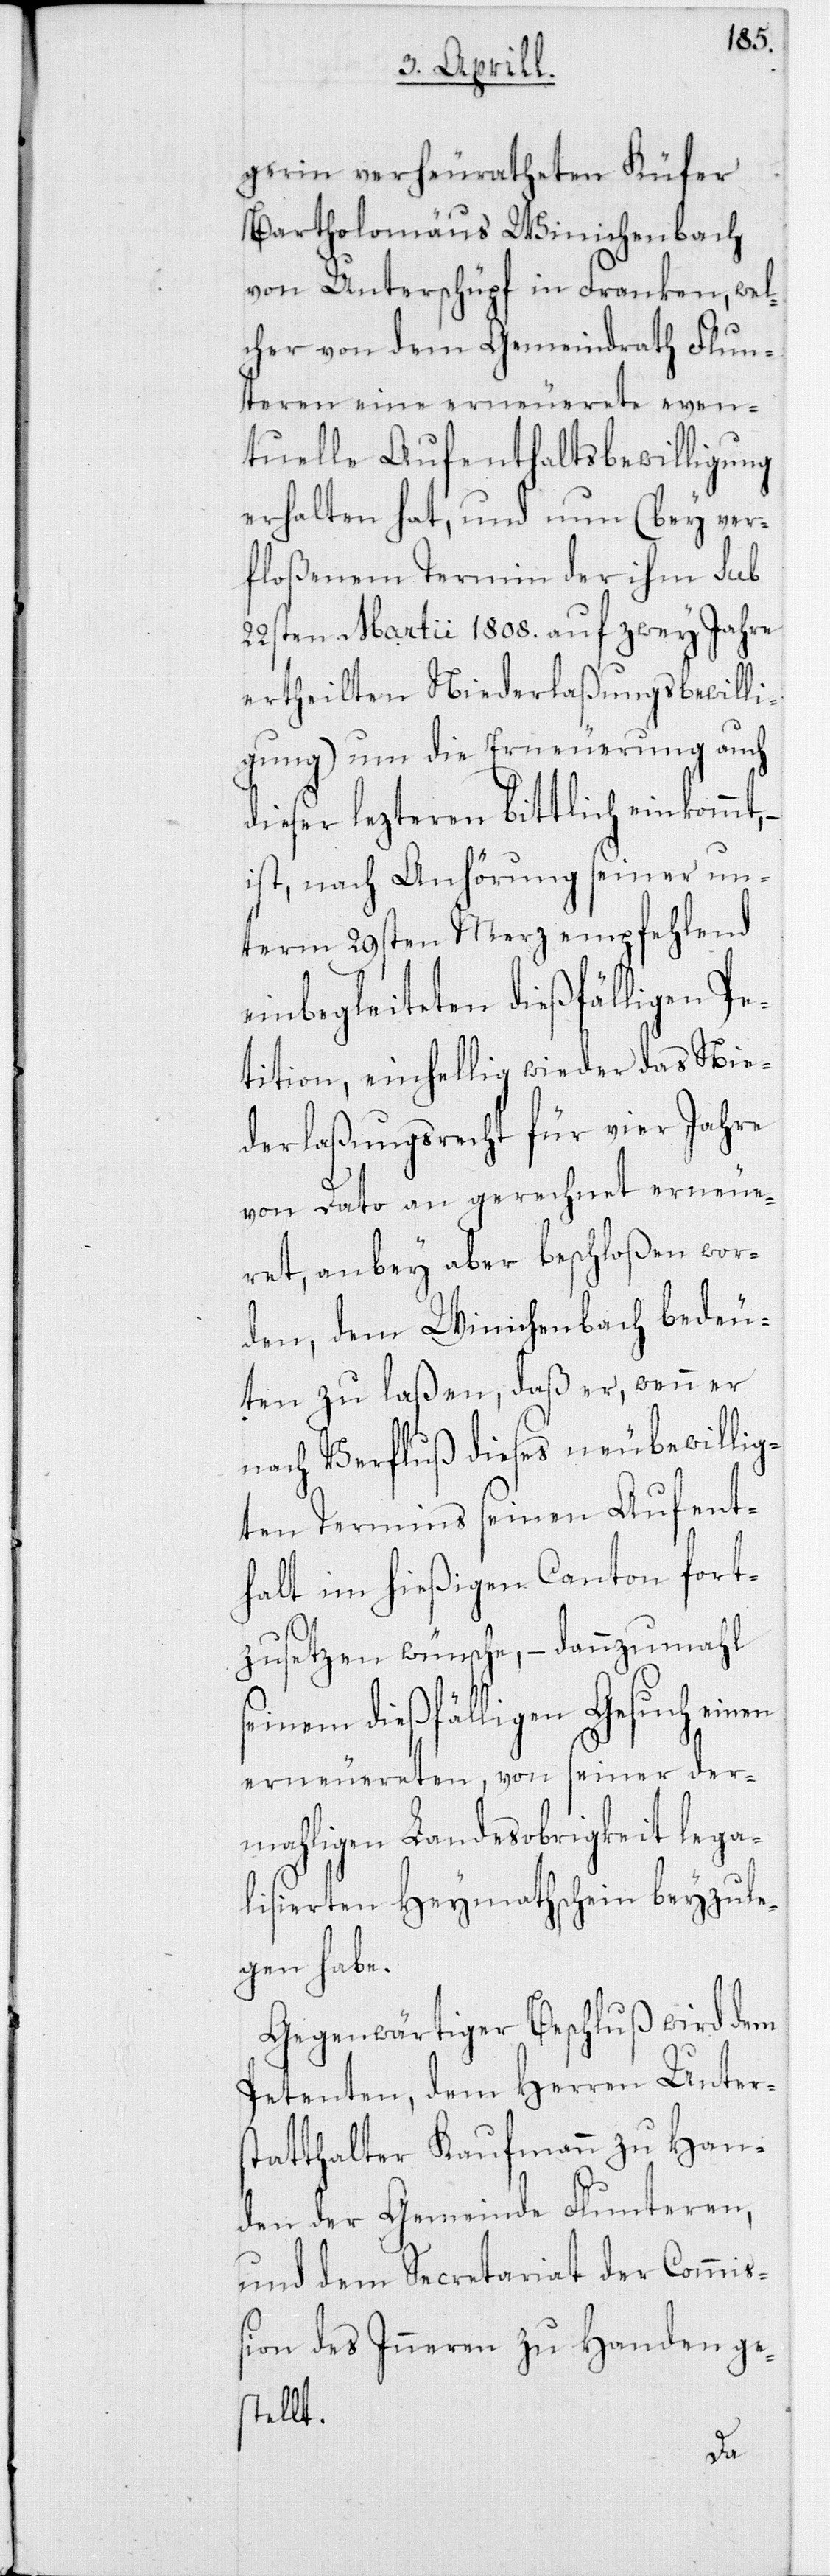
gerin verheuratheten Küfer
Bartholomäus Winichenbach
von Unterschüpf in Franken, wel¬
cher von dem Gemeindrath Flun¬
teren eine erneuerete even¬
tuelle Aufenthaltsbewilligung
erhalten hat, und nun (bey ver¬
floßenem Termin der ihm sub
22sten Martii 1808. auf zwey Jahre
ertheilten Niederlaßungsbewilli¬
gung) um die Erneuerung auch
dieser lezteren bittlich einkommt,
ist, nach Anhörung seiner un¬
term 29sten Merz empfehlend
einbegleiteten dießfälligen Pe¬
tition, einhellig wieder das Nie¬
derlaßungsrecht für vier Jahre
von Dato an gerechnet erneue¬
ret, anbey aber beschloßen wor¬
den, dem Winichenbach bedeu¬
ten zu laßen, daß er, wenn er
nach Verfluß dieses neu bewillig¬
ten Termins seinen Aufent¬
halt im hießigen Canton fort¬
zusetzen wünsche, – dannzumahl
seinem dießfälligen Gesuch einen
erneuereten, von seiner der¬
mahligen Landesobrigkeit lega¬
lisierten Heymathschein beyzule¬
gen habe.
Gegenwärtiger Beschluß wird dem
Petenten, dem Herren Unters¬
tatthalter Kaufmann zu Han¬
den der Gemeinde Flunteren,
und dem Secretariat der Commiß¬
ion des Inneren zu Handen ge¬
stellt.